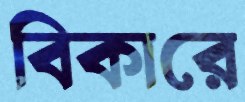
বিকারে